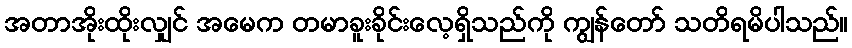
အတာအိုးထိုးလျှင် အမေက တမာခူးခိုင်းလေ့ရှိသည်ကို ကျွန်တော် သတိရမိပါသည်။